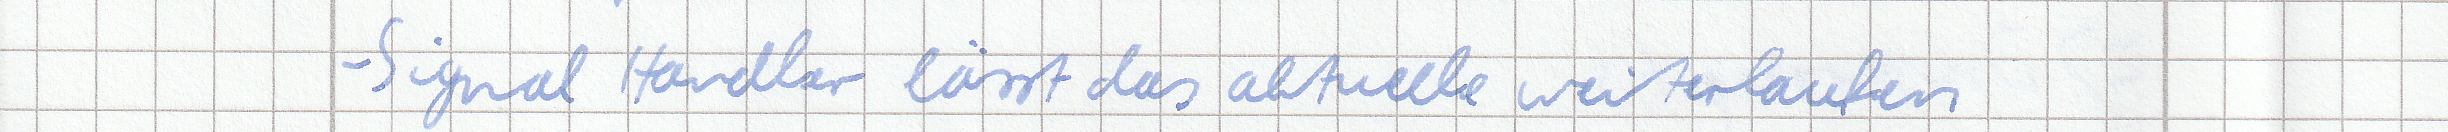
- Signal Handler lässt das aktuelle weiterlaufen